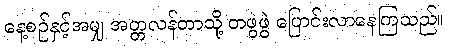
နေ့စဉ်နှင့်အမျှ အတ္တလန်တာသို့ တဖွဲဖွဲ ပြောင်းလာနေကြသည်။